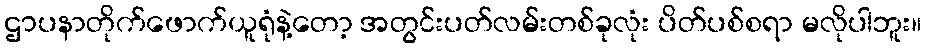
ဌာပနာတိုက်ဖောက်ယူရုံနဲ့တော့ အတွင်းပတ်လမ်းတစ်ခုလုံး ပိတ်ပစ်စရာ မလိုပါဘူး။